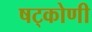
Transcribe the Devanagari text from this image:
षट्कोणी